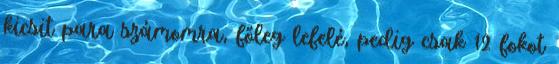
kicsit para számomra, főleg lefelé, pedig csak 12 fokot